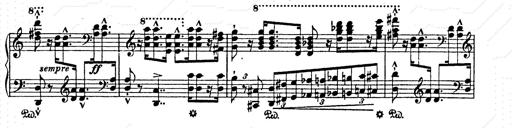
Title: AnnÃ©es de pÃ¨lerinage II
Composer: Franz Liszt